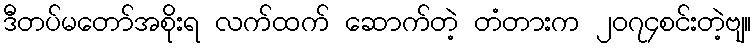
ဒီတပ်မတော်အစိုးရ လက်ထက် ဆောက်တဲ့ တံတားက ၂၀၇၄စင်းတဲ့ဗျ။